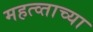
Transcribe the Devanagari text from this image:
महत्व्ताच्या